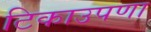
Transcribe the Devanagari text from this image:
टिकाउपणा